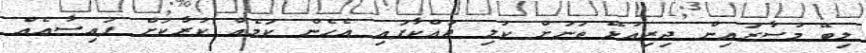
ލިބޭ މުސާރައިން ދިރިއުޅޭ ތަނަށް ކުލި ދައްކާފައި އެހެން ކަމެއް ކުރާކަށް ފައިސާއެއް